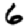
Digit: 6